Indian journal of veterinary science and animal husbandry - Volume 9,
Year: 1939
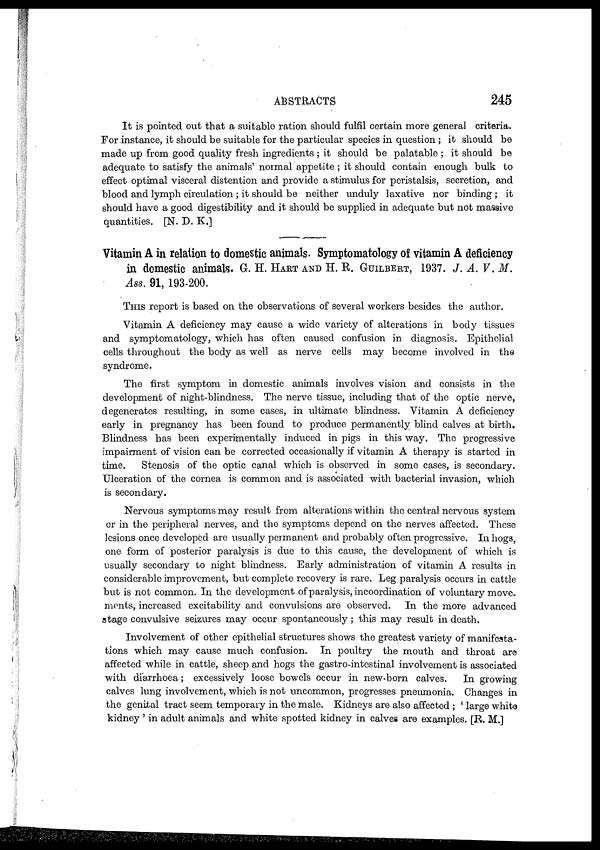
ABSTRACTS
245
It is pointed out that a suitable ration should fulfil certain more general criteria.
For instance, it should be suitable for the particular species in question; it should be
made up from good quality fresh ingredients ; it should be palatable ; it should be
adequate to satisfy the animals' normal appetite ; it should contain enough bulk to
effect optimal visceral distention and provide a stimulus for peristalsis, secretion, and
blood and lymph circulation; it should be neither unduly laxative nor binding ; it
should have a good digestibility and it should be supplied in adequate but not massive
quantities. [N. D. K.]
Vitamin A in relation to domestic animals. Symptomatology of vitamin A deficiency
in domestic animals. G. H. HART AND H. R. GUILBERT, 1937. J. A. V. M.
Ass. 91, 193-200.
THIS report is based on the observations of several workers besides the author.
Vitamin A deficiency may cause a wide variety of alterations in body tissues
and symptomatology, which has often caused confusion in diagnosis. Epithelial
cells throughout the body as well as nerve cells may become involved in the
syndrome.
The first symptom in domestic animals involves vision and consists in the
development of night-blindness. The nerve tissue, including that of the optic nerve,
degenerates resulting, in some cases, in ultimate blindness. Vitamin A deficiency
early in pregnancy has been found to produce permanently blind calves at birth.
Blindness has been experimentally induced in pigs in this way. The progressive
impairment of vision can be corrected occasionally if vitamin A therapy is started in
time. Stenosis of the optic canal which is observed in some cases, is secondary.
Ulceration of the cornea is common and is associated with bacterial invasion, which
is secondary.
Nervous symptoms may result from alterations within the central nervous system
or in the peripheral nerves, and the symptoms depend on the nerves affected. These
lesions once developed are usually permanent and probably often progressive. In hogs,
one form of posterior paralysis is due to this cause, the development of which is
usually secondary to night blindness. Early administration of vitamin A results in
considerable improvement, but complete recovery is rare. Leg paralysis occurs in cattle
but is not common. In the development of paralysis, incoordination of voluntary move-
ments, increased excitability and convulsions are observed. In the more advanced
stage convulsive seizures may occur spontaneously; this may result in death.
Involvement of other epithelial structures shows the greatest variety of manifesta-
tions which may cause much confusion. In poultry the mouth and throat are
affected while in cattle, sheep and hogs the gastro-intestinal involvement is associated
with diarrhoea; excessively loose bowels occur in new-born calves. In growing
calves lung involvement, which is not uncommon, progresses pneumonia. Changes in
the genital tract seem temporary in the male. Kidneys are also affected ; ' large white
kidney ' in adult animals and white spotted kidney in calves are examples. [R.M.]